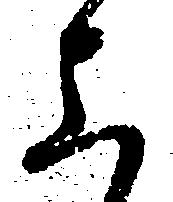
上